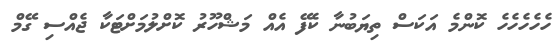
ހެހެހެހެހެ ކޮންމެ އަކަސް ތިޔަބުނާ ކެފޭ އެއް މަޝްހޫރު ކޮށްލުމަށްޓަކާ ޖެއްސި ގޭމް